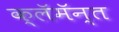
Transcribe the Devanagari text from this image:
क्लॅमॅन्त